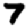
Digit: 7